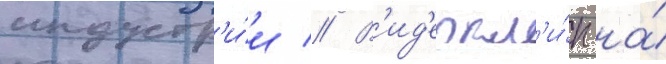
индустр'и́и // В'ид'еокл'и́п на́